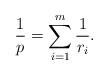
LaTeX: \begin{align*}\frac{1}{p} = \sum_{i=1}^{m} \frac{1}{r_{i}}.\end{align*}